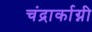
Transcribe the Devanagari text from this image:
चंद्रार्काग्नी